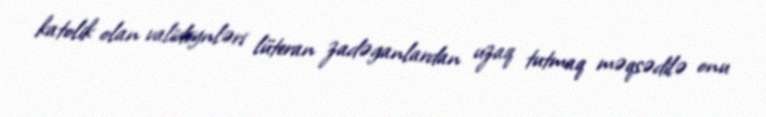
katolik olan valideynləri lüteran zadəganlardan uzaq tutmaq məqsədilə onu